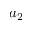
a _ { 2 }